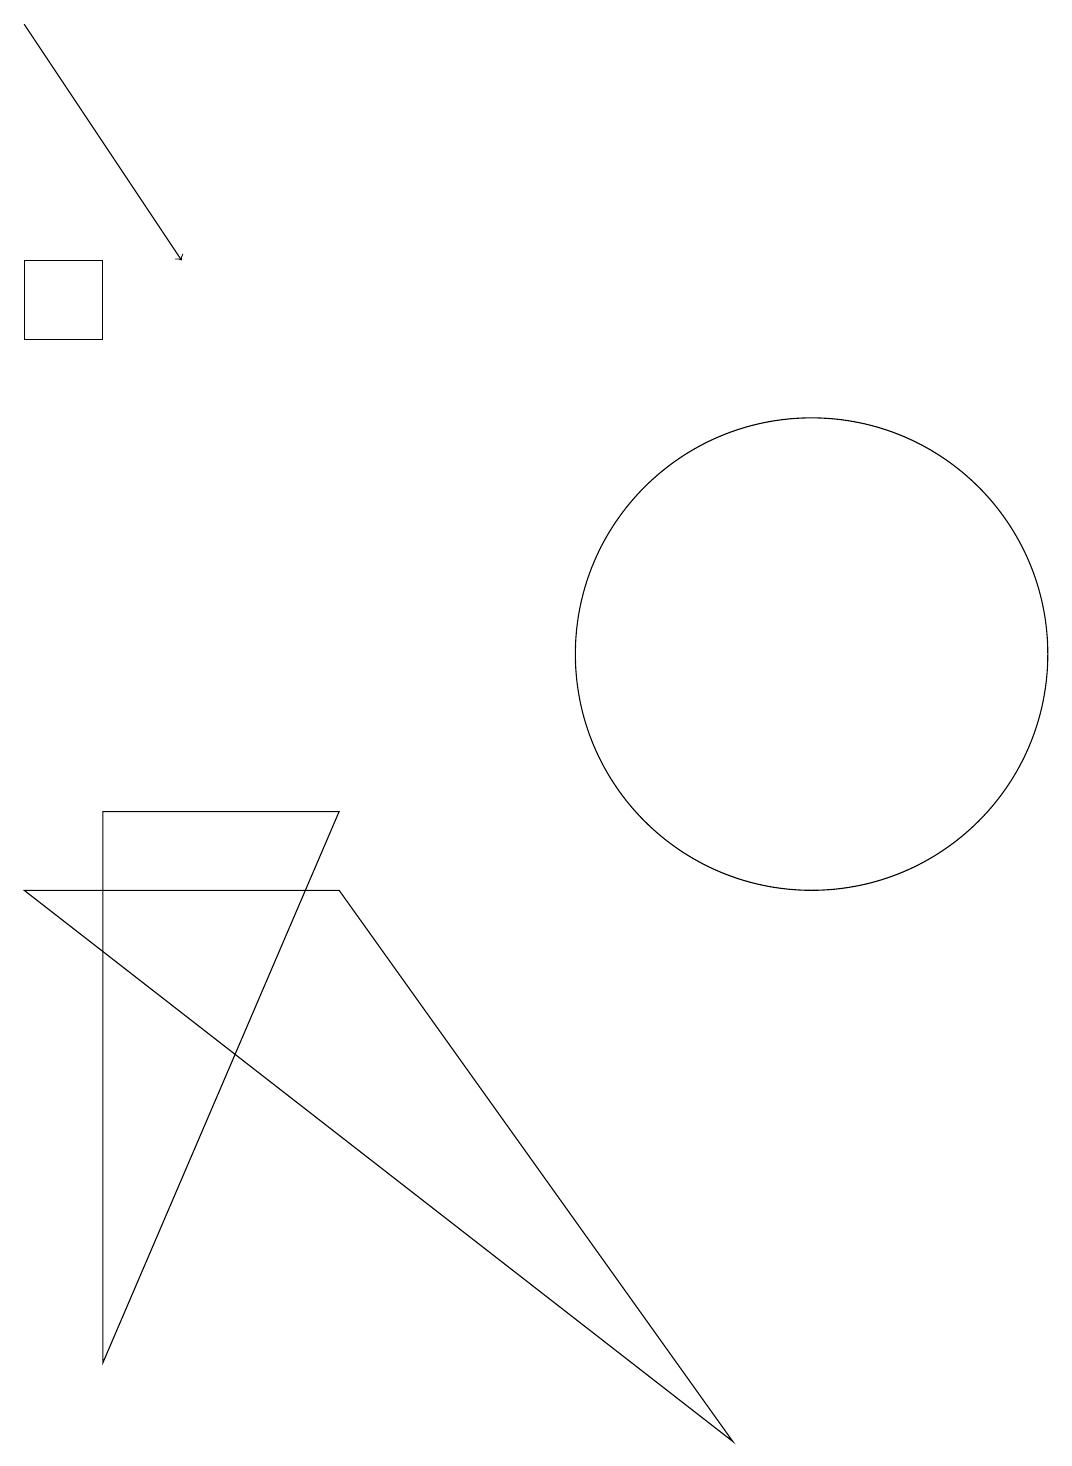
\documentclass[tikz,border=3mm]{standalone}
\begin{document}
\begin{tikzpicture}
\draw (10,11) circle (3);
\draw (0,18) rectangle (0,18);
\draw (9,1) -- (0,8) -- (4,8) -- cycle;
\draw (4,9) -- (1,2) -- (1,9) -- cycle;
\draw (8,15) rectangle (8,15);
\draw (1,15) rectangle (0,16);
\draw[->] (0,19) -- (2,16);
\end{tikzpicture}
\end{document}